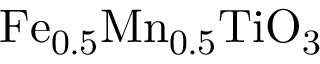
\mathrm { F e _ { 0 . 5 } M n _ { 0 . 5 } T i O _ { 3 } }